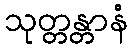
သုတ္တန္တာနံ